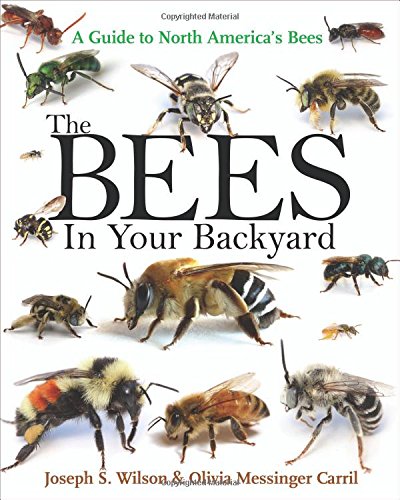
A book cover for The Bees in Your Backyard: A Guide to North America's Bees; Joseph S. Wilson; Science & Math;